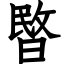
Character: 暋